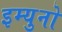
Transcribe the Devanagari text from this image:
इम्युनो